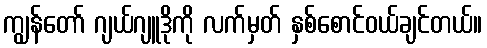
ကျွန်တော် ဂျယ်ဂျူဒိုကို လက်မှတ် နှစ်စောင်ဝယ်ချင်တယ်။